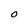
Character: O